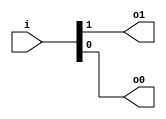
module vfc9dac_v9a2a06 (
 input [1:0] i,
 output o1,
 output o0
);
 assign o1 = i[1];
 assign o0 = i[0];
endmodule